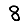
Digit: 8